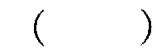
( )